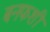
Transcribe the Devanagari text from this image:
बनफशी